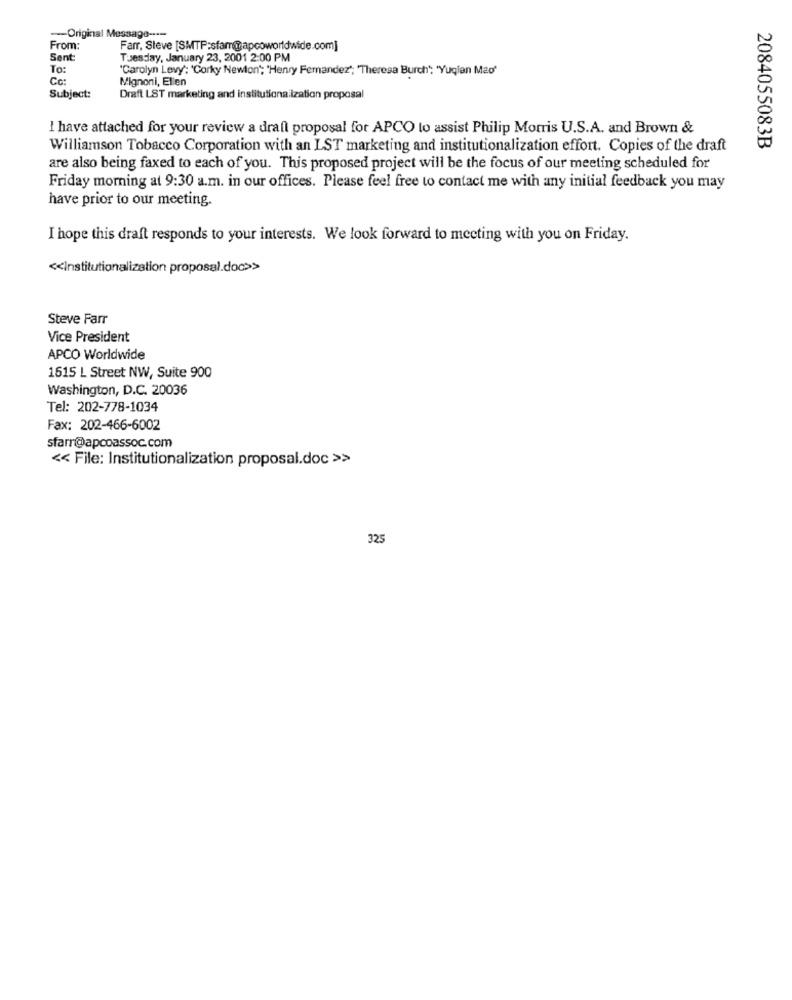
-- Original Message ----
From:
Farr, Sleve [SMTP:sfar@apcoworldwide.com]
Sent:
Tuesday, January 23, 2001 2:00 PM
To:
'Carolyn Levy': 'Corky Newlon"; "Henry Fernandez"; "Theresa Burch"; "Yuqian Mao"
Cc:
Mignoni, Elien
Subject:
Draft LST marketing and institutionalization proposal
I have attached for your review a draft proposal for APCO to assist Philip Morris U.S.A. and Brown &
Williamson Tobacco Corporation with an LST marketing and institutionalization effort. Copies of the draft
2084055083B
are also being faxed to each of you. This proposed project will be the focus of our meeting scheduled for
Friday morning at 9:30 a.m. in our offices. Please feel free to contact me with any initial feedback you may
have prior to our meeting.
I hope this draft responds to your interests. We look forward to meeting with you on Friday.
<< Institutionalization proposal.doc>>
Steve Farr
Vice President
APCO Worldwide
1615 L Street NW, Suite 900
Washington, D.C. 20036
Tel: 202-778-1034
Fax: 202-466-6002
sfarr@apcoassoc.com
<< File: Institutionalization proposal.doc >>
325